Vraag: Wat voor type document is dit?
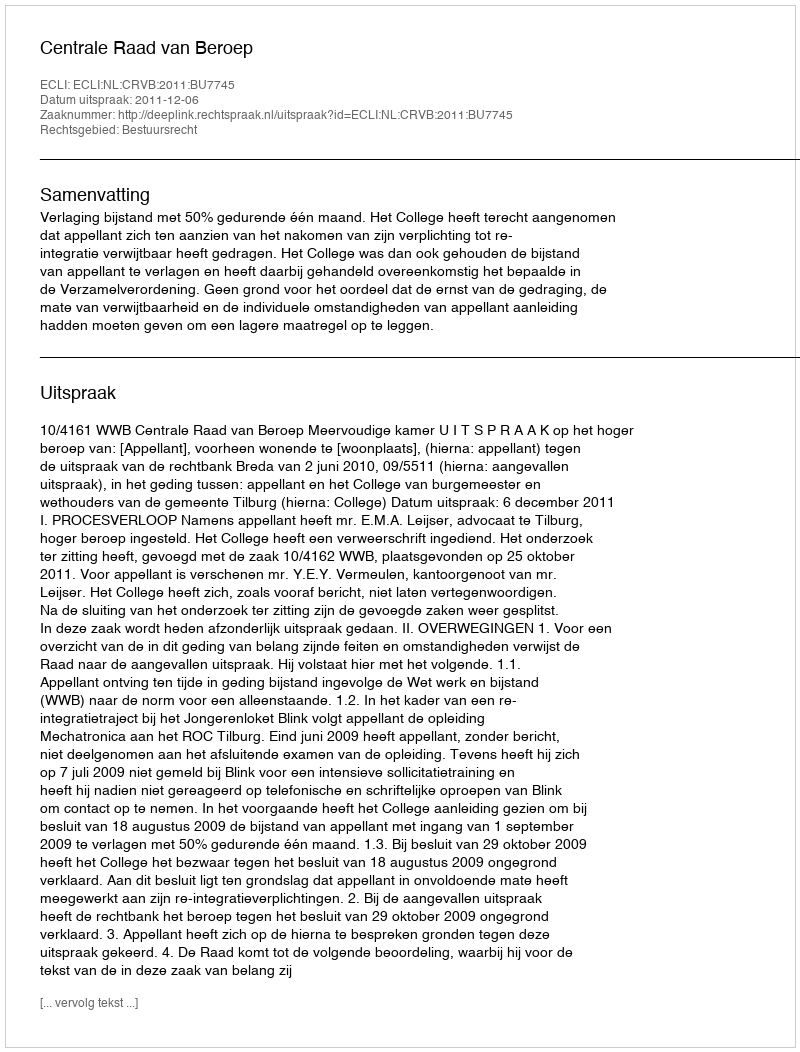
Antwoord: Uitspraak